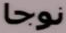
نوجا